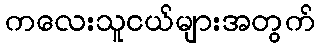
ကလေးသူငယ်များအတွက်